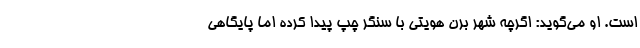
است. او می‌گوید: اگرچه شهر برن هویتی با سنگر چپ پیدا کرده اما پایگاهی